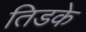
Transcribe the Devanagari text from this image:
तिडके